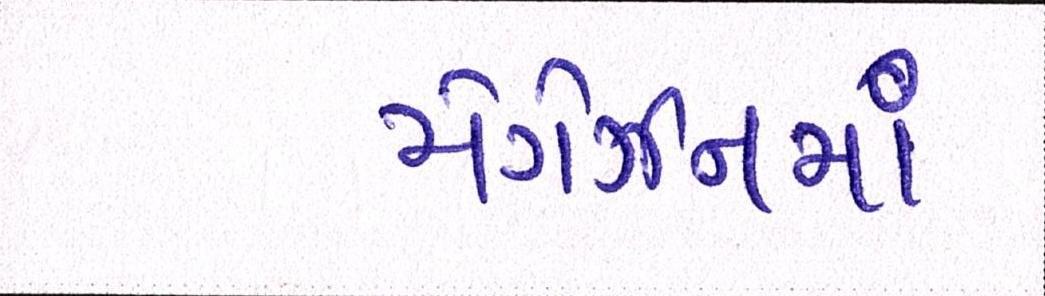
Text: મેગેઝીનમાં